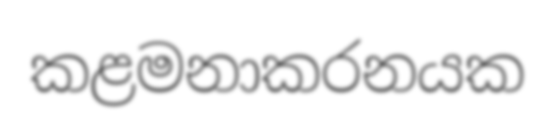
කළමනාකරනයක